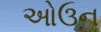
ઓઉન